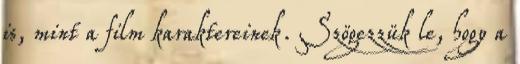
is, mint a film karaktereinek. Szögezzük le, hogy a